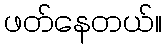
ဖတ်နေတယ်။